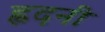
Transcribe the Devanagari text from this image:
ह्वदनी